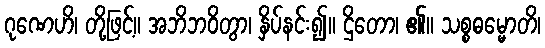
ဂုဏေဟိ၊ တို့ဖြင့်။ အဘိဘဝိတွာ၊ နှိပ်နင်း၍။ ဌိတော၊ ၏။ သစ္စဓမ္မောတိ၊